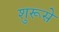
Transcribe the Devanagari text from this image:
शुरूसे